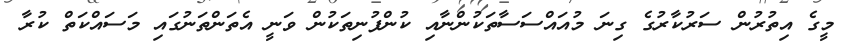
މީގެ އިތުރުން ސަރުކާރުގެ ގިނަ މުއައްސަސާތަކުންނާއި ކުންފުނިތަކުން ވަނީ އެތަންތަނުގައި މަސައްކަތް ކުރާ